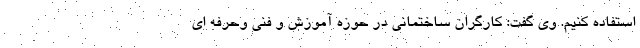
استفاده کنیم. وی گفت: کارگران ساختمانی در حوزه آموزش و فنی وحرفه ای